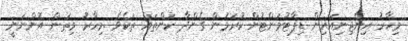
މިހާރު އިންޖިނިއަރިން ޑިޕާޓުމަންޓުން ކުރަމުން ގެންދާ ކަންތައް ތަކެވެ .މިހާރު މިތަން އޮންނަނީ